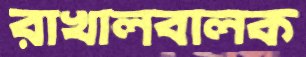
রাখালবালক